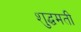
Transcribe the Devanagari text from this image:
शुद्धमती